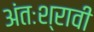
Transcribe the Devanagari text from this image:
अंतःश्रावी